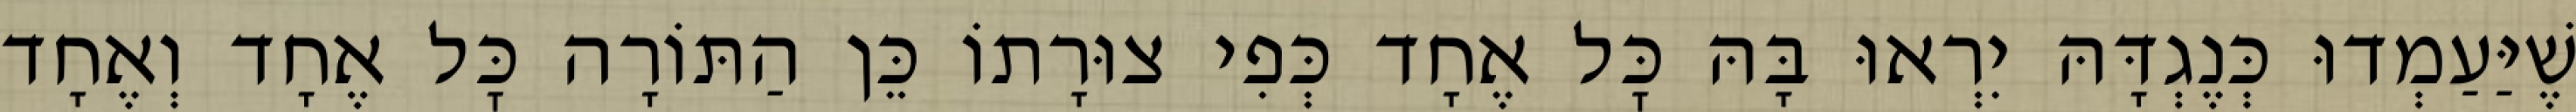
שֶׁיַּעַמְדוּ כְּנֶגְדָּהּ יִרְאוּ בָּהּ כׇּל אֶחָד כְּפִי צוּרָתוֹ כֵּן הַתּוֹרָה כׇּל אֶחָד וְאֶחָד